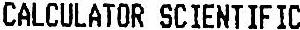
CALCULATOR SCIENTIFIC